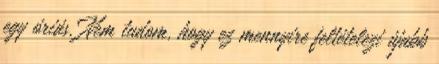
egy óriás. Nem tudom, hogy ez mennyire feltételezi újabb